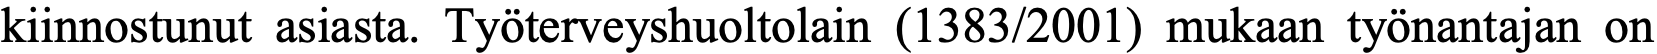
kiinnostunut asiasta. Työterveyshuoltolain (1383/2001) mukaan työnantajan on